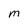
Character: M